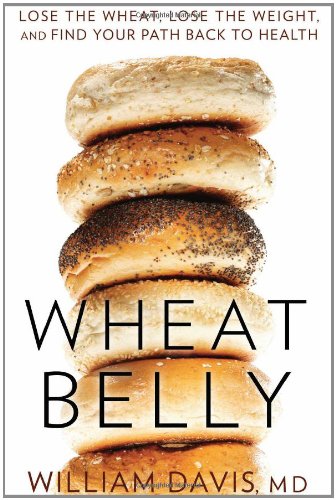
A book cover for Wheat Belly: Lose the Wheat, Lose the Weight, and Find Your Path Back to Health; William Davis; Health, Fitness & Dieting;